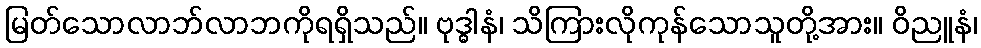
မြတ်သောလာဘ်လာဘကိုရရှိသည်။ ဗုဒ္ဓါနံ၊ သိကြားလိုကုန်သောသူတို့အား။ ဝိညူနံ၊